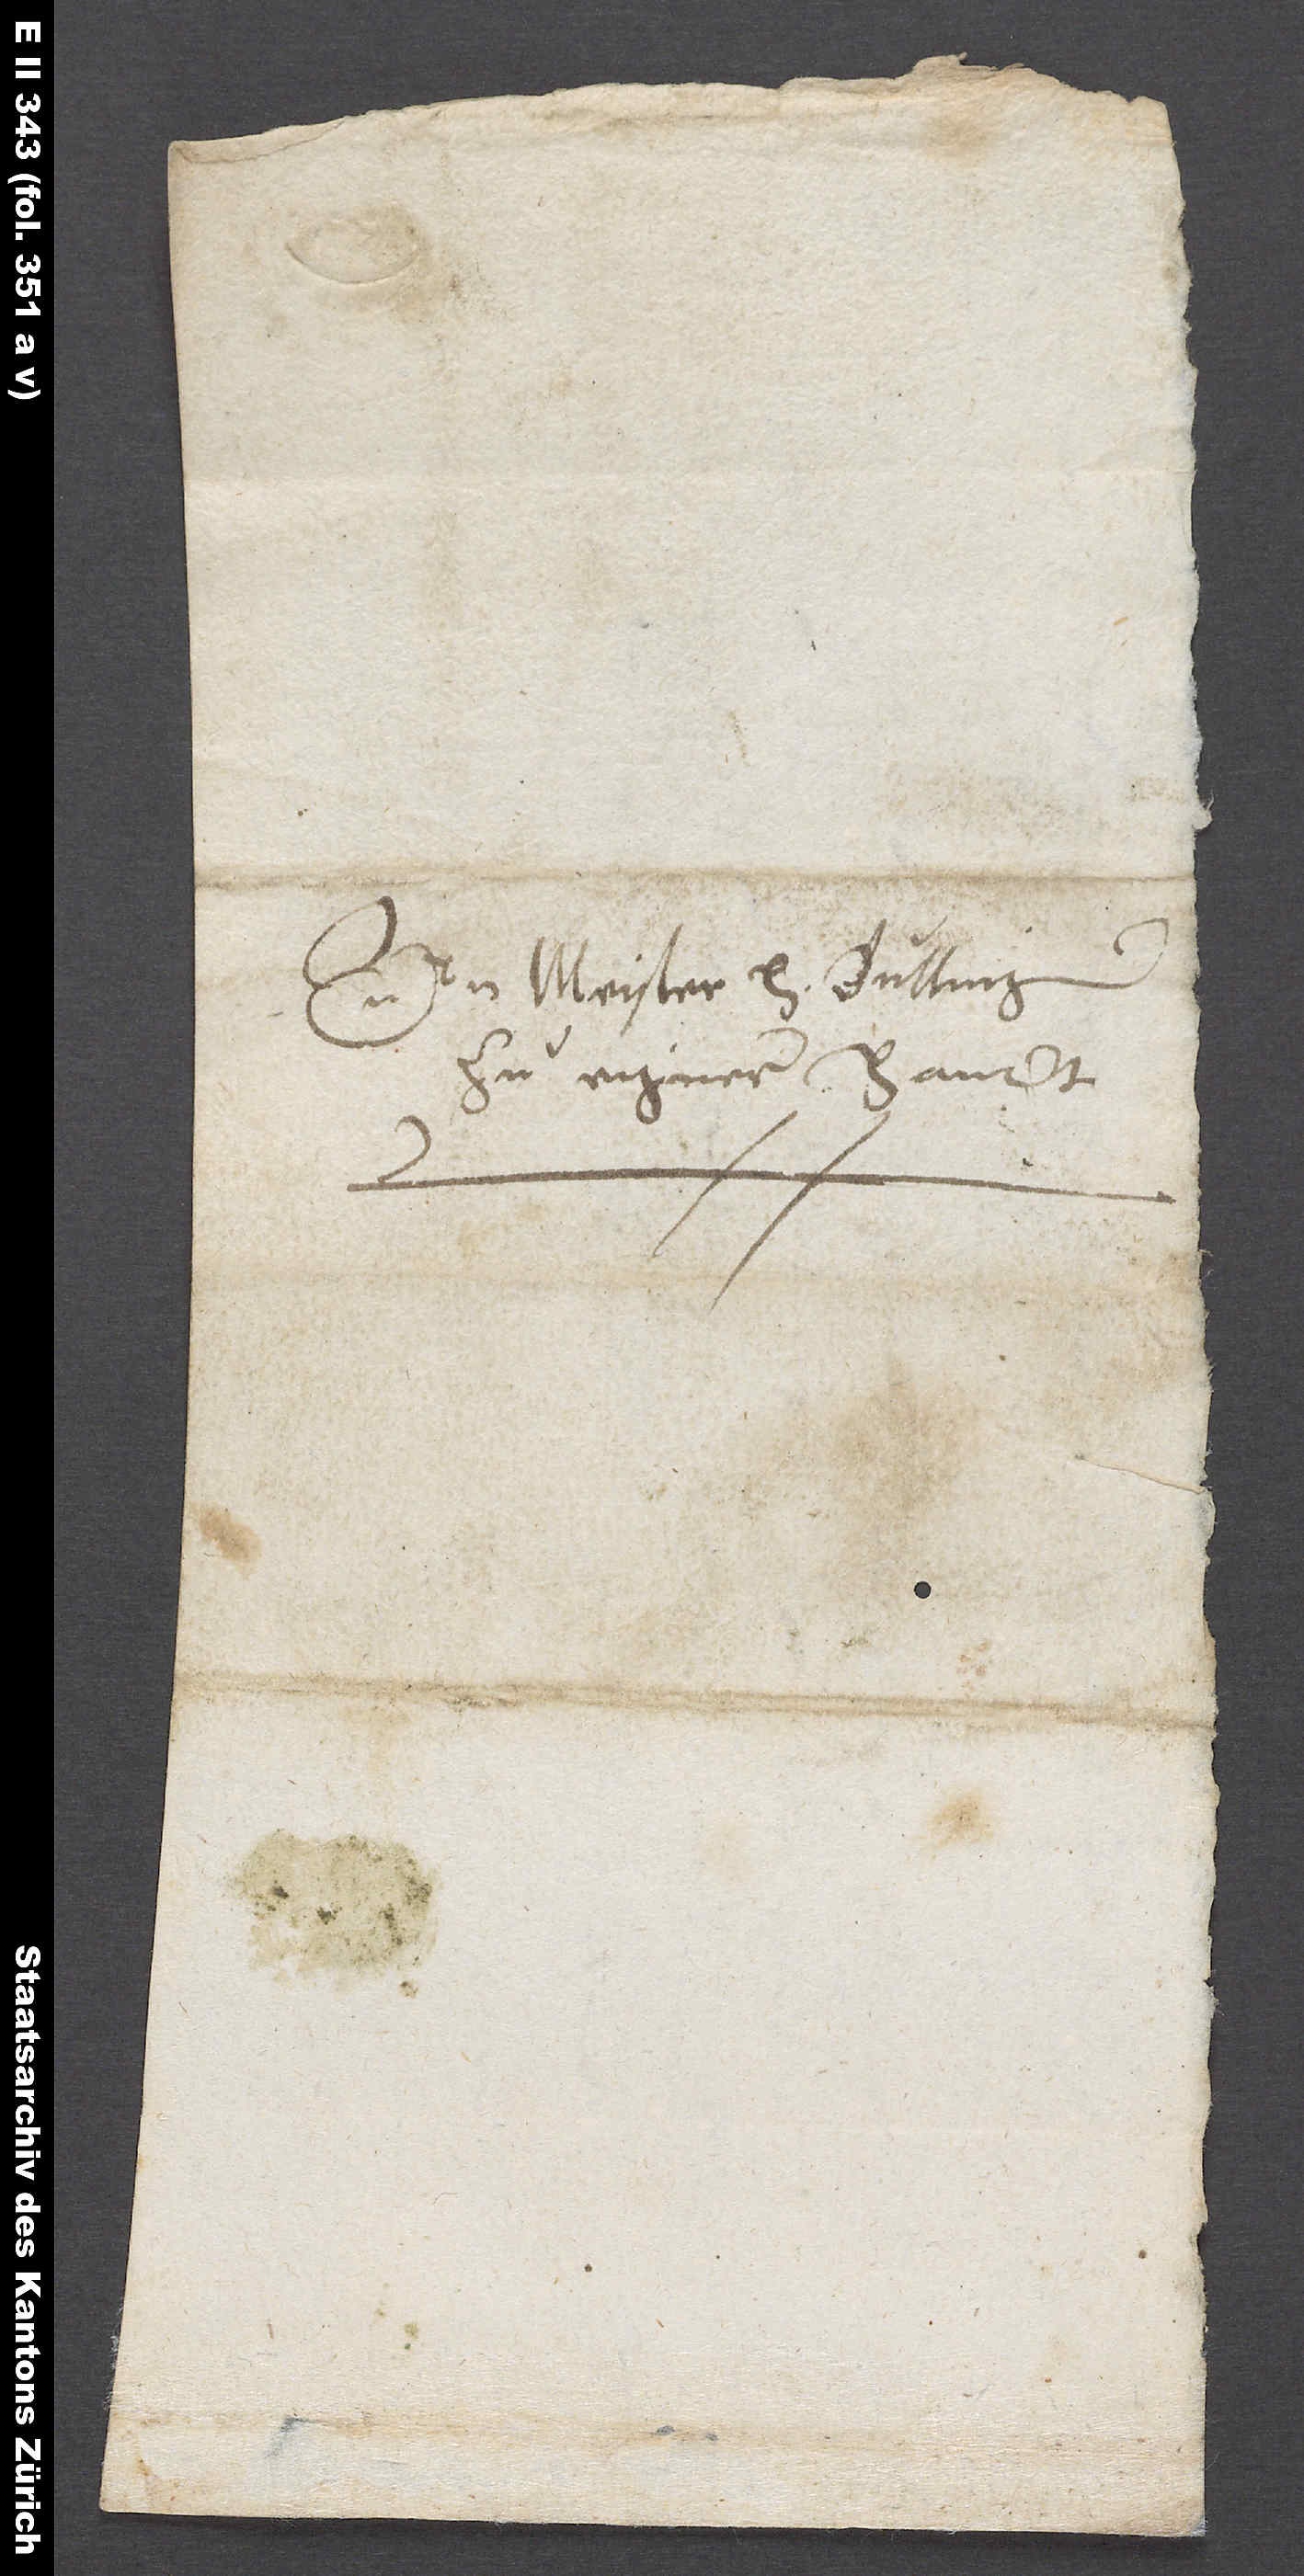
Herrn meister H. Bullinger
zu eignerer handt.